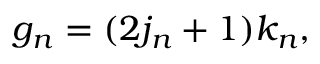
g _ { n } = ( 2 j _ { n } + 1 ) k _ { n } ,